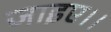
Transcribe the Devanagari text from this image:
जाइए।।